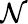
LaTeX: \mathcal{N}